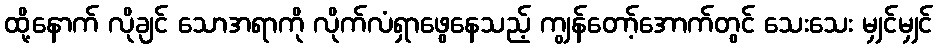
ထို့နောက် လိုချင် သောအရာကို လိုက်လံရှာဖွေနေသည့် ကျွန်တော့်အောက်တွင် သေးသေး မျှင်မျှင်